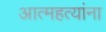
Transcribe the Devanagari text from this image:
आत्महत्यांना